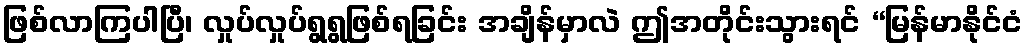
ဖြစ်လာကြပါပြီ၊ လှုပ်လှုပ်ရွရွဖြစ်ရခြင်း အချိန်မှာလဲ ဤအတိုင်းသွားရင် “မြန်မာနိုင်ငံ